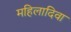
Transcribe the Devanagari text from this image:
महिलादिवा